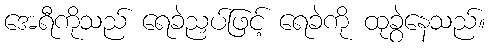
အေရီကိုသည် ရေခဲညှပ်ဖြင့် ရေခဲကို ထုခွဲနေသည်။